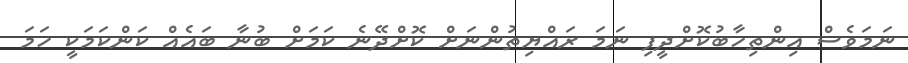
ނަމަވެސް އިންތިހާބުކޮށްދީފި ނަމަ ރައްޔިތުންނަށް ކޮށްދޭނެ ކަމަށް ބުނާ ބައެއް ކަންކަމަކީ ހަމަ